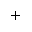
^ +